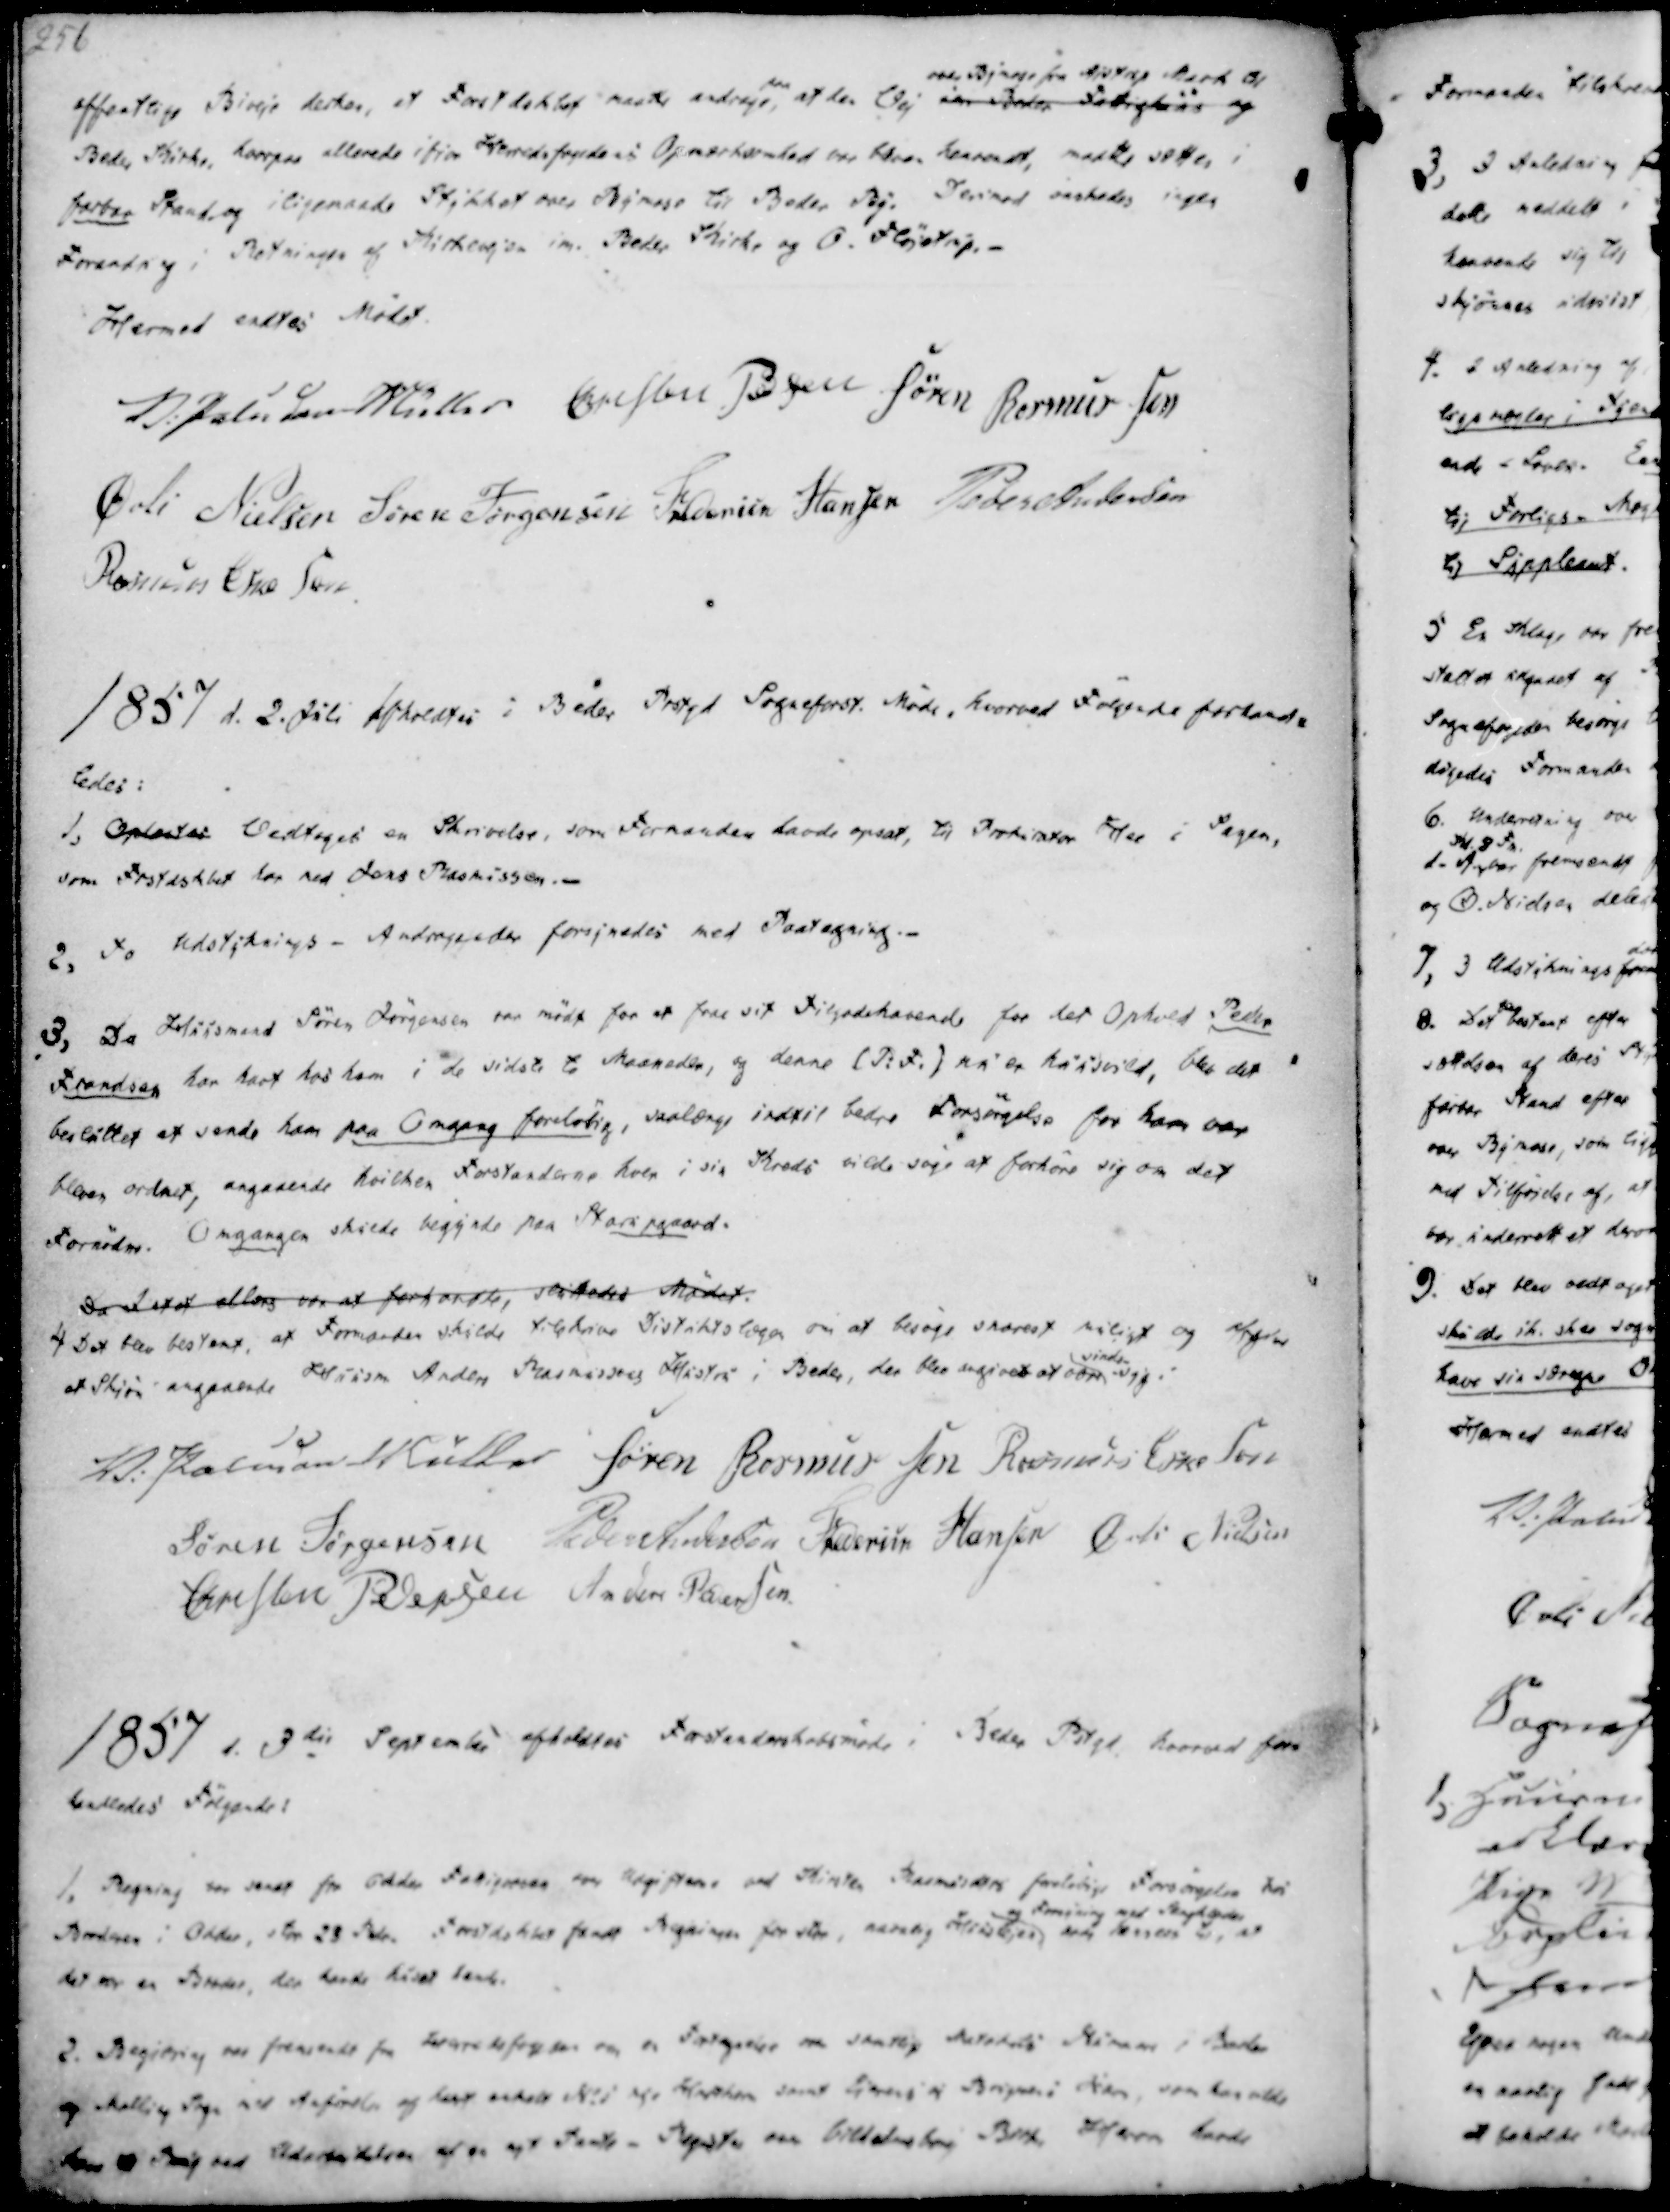
Transskription:
offentlige Biveje derhen, at Forstdskbet maatte andrage paa, at den Vej ien Beder Fattighuus og
over Bymose fra Ajstrup Mark til
Beder Kirke, hvorpaa allerede ifjor Herredsfogedens Opmærksomhed var bleven henvendt, maatte sættes i
farbar Stand og iligemaade Stykket over Bymose til Beder By. Derimod ønskedes ingen
Forandring i Retningen af Kirkevejen im. Beder Kirke og O. Fløjstrup.-

Hermed endtes Mødet.
V. Paludan-Müller
Christen Pedersen
Søren Rasmussen
Øvli Nielsen
Søren Jørgensen
Frederik Hansen
Peder Andersen
Rasmus Eskesen

1857 d. 2. Juli Afholdtes i Beder Prstgd Sogneforst. Møde, hvorved Følgende forhand-
ledes:

1, Oplæstes Vedtoges en Skrivelse, som Formanden havde opsat, til Prokurator Hee i Sagen,
som Frstdskbet har med Jens Rasmussen. -
2, To Udstyknings - Andragender forsynedes med Paategning.-

3, Da Huusmand Søren Jørgensen var mødt for at faae sit Tilgodehavende for det Ophold Peder
Frandsen har havt hos ham i de sidste to Maaneder, og denne (P.F.) nu er huusvild, blev det
besluttet at sende ham paa Omgang foreløbig, saalænge indtil bedre Forsørgelse for ham var
bleven ordnet, angaaende hvilken Forstanderne hver i sin Kreds vilde søge at forhøre sig om det
Fornødne. Omgangen skulde begynde paa Starupgaard.
Da Intet ellers var at forhandle, sluttedes Mødet.
4. Det blev bestemt, at Formanden skulde tilskrive Distiktslægen om at besøge snarest muligt og afgive
et Skjøn angaaende Huusm. Anders Rasmussen Hustru i Beder, der blev angivet at være
sinds-
syg.

V. Paludan Müller
Søren Rasmussen
Rasmus Eskesen
Søren Jørgensen
Peder Andersen
Frederik Hansen
Øvli Nielsen
Christen Pedersen
Anders Pedersen

1857 d. 3die September afholdtes Forstanderskabsmøde i Beder Pstgd. hvorved for-
handledes Følgende:

1. Regning var sendt fra Odder Fattigvæsen for Udgifterne ved Kirsten Rasmussens forløbige Forsørgelse hos
Broderen i Odder, stor 23 Rdr. Forstdskbet fandt Regningen for stor, navnlig Huuslejen
og Forsiering med Sengeklæder
nok tanes til, at
det var en Broder, der havde huset hende.

2. Begiæring var fremsendt fra Herredsfogeden om en Fastgørelse om samtlige metokeds Nummere i Beder
og Malling Sogn med Anførsler af hest erholt No 5 og Hartkorn samt Eiernes Borgernes Hiem, som her vilde
den Tving ved Aderholdelsen af en nyt Tante-Regst. om Vilhelmsborg Birk. Herom havde